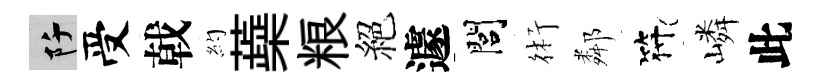
阡受戟約蘃粮絕遽閭術鄰符嶙此